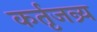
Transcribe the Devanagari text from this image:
कर्तृजन्र्य